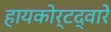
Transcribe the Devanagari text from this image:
हायकोर्टद्वारे